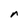
Character: r